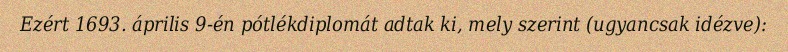
Ezért 1693. április 9-én pótlékdiplomát adtak ki, mely szerint (ugyancsak idézve):